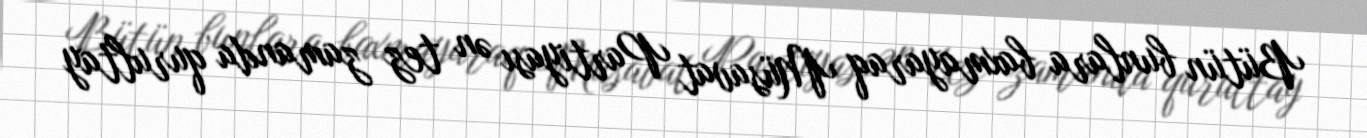
Bütün bunlara baxmayaraq Müsavat Partiyası ən tez zamanda qurultay